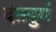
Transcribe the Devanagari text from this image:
दंतदुर्ग